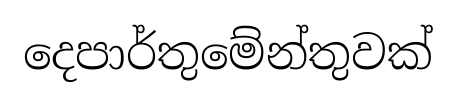
දෙපාර්තුමේන්තුවක්